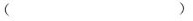
()